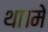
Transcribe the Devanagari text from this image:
था।मे